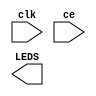
module counter (
  input clk,
  input ce,
  output [3:0] LEDS
);
    // Some initial code has been provided for you
    // You can change this code if needed
    reg [3:0] led_cnt_value;
    assign LEDS = led_cnt_value;

    // TODO: Instantiate a reg net to count the number of cycles
    // required to reach one second. Note that our clock period is 8ns.
    // Think about how many bits are needed for your reg.

    always @(posedge clk) begin
        // TODO: update the reg if clock is enabled (ce is 1).
        // Once the requisite number of cycles is reached, increment the count.

    end
endmodule